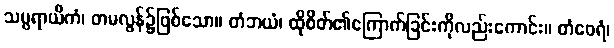
သမ္ပရာယိကံ၊ တမလွန်၌ဖြစ်သော။ တံဘယံ၊ ထိုစိတ်၏ကြောက်ခြင်းကိုလည်းကောင်း။ တံဝေရံ၊